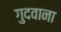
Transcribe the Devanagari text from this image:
गुदवाना